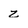
Character: z